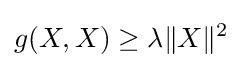
g(X,X)\geq \lambda \|X\|^{2}